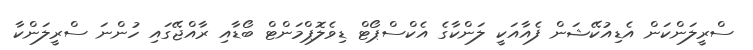
ސްރީލަންކަން އެޑިއުކޭޝަން ފެއާއަކީ ލަންކާގެ އެކްސްޕޯޓް ޑިވެލޮޕްމަންޓް ބޯޑާއި ރާއްޖޭގައި ހުންނަ ސްރީލަންކާ